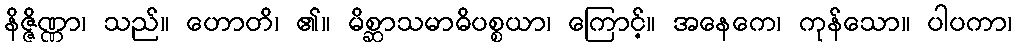
နိဇ္ဇိဏ္ဏာ၊ သည်။ ဟောတိ၊ ၏။ မိစ္ဆာသမာဓိပစ္စယာ၊ ကြောင့်။ အနေကေ၊ ကုန်သော။ ပါပကာ၊